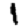
Digit: 1